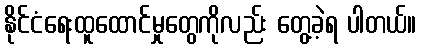
နိုင်ငံရေးထူထောင်မှုတွေကိုလည်း တွေ့ခဲ့ရ ပါတယ်။